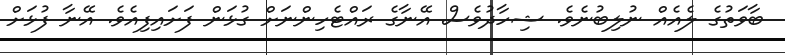
ބާވަތުގެ ލެއެއް ނުލިބުނެވެ. ޝިހާދުވެސް އޭނާގެ ރައްޓެހިންނަށް ގުޅަން ފަށައިފިއެވެ. އޭނާ ފުޅަށް